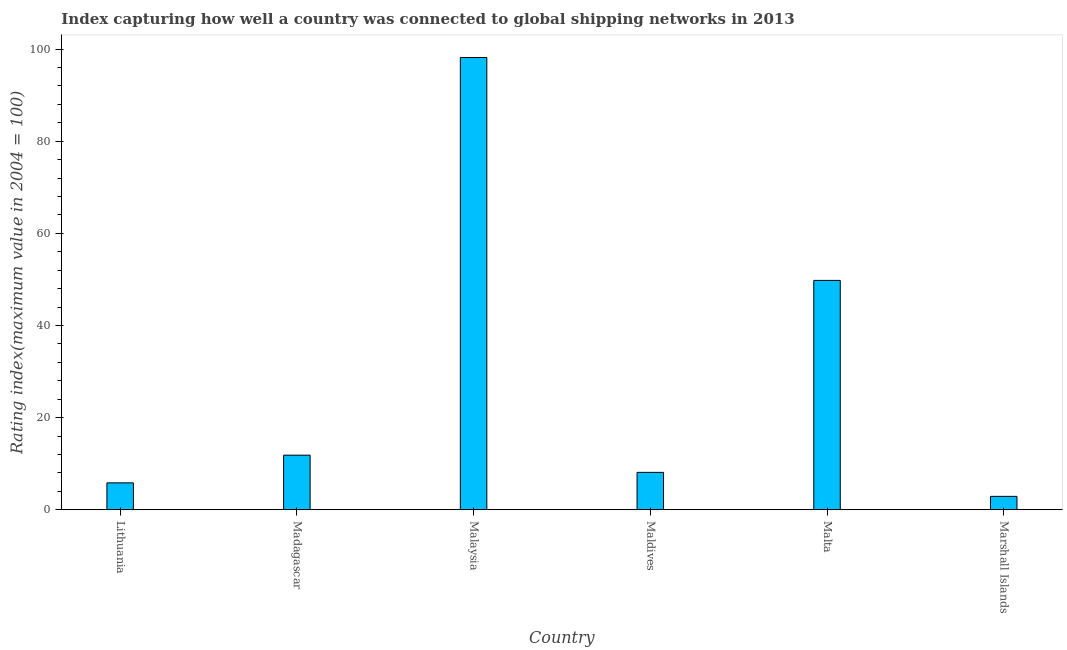
| Country | Liner shipping connectivity index  |
 | --- | --- |
 | Lithuania | 5.84 |
 | Madagascar | 11.8 |
 | Malaysia | 98.2 |
 | Maldives | 8.12 |
 | Malta | 49.8 |
 | Marshall Islands | 2.91 |